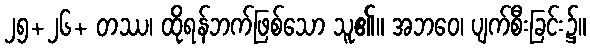
၂၅+၂၆+ တဿ၊ ထိုရန်ဘက်ဖြစ်သော သူ၏။ အဘဝေ၊ ပျက်စီးခြင်း၌။